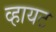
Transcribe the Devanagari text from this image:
व्हायट